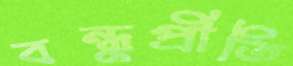
বন্ধুপ্রীতি